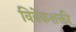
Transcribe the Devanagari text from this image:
विवेकशक्ती